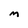
Character: m